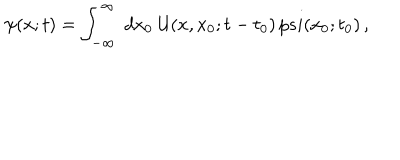
\psi ( x ; t ) = \int _ { - \infty } ^ { \infty } \ d x _ { 0 } \ { \cal U } ( x , x _ { 0 } ; t - t _ { 0 } ) \, p s i ( x _ { 0 } ; t _ { 0 } ) \, ,